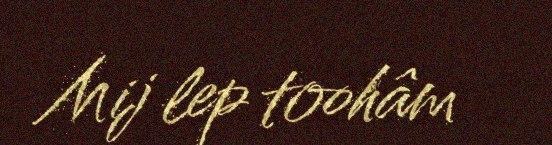
Mij lep toohâm